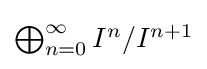
{\textstyle \bigoplus _{n=0}^{\infty }I^{n}/I^{n+1}}